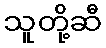
သူတို့ဆီ